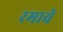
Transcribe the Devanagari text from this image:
रमावे